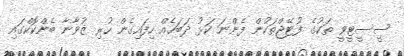
ސީސީޓީވީ ތަކުގެ ފުޓޭޖްތަކުން ފެންނަ ކަޅު ދަބަހެއް ހިފައިގެން ހުރި ޒުވާނާ ބެންކޮކްގައި